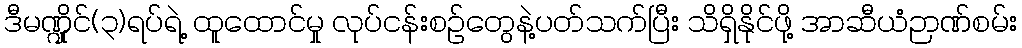
ဒီမဏ္ဍိုင်(၃)ရပ်ရဲ့ ထူထောင်မှု လုပ်ငန်းစဉ်တွေနဲ့ပတ်သက်ပြီး သိရှိနိုင်ဖို့ အာဆီယံဉာဏ်စမ်း